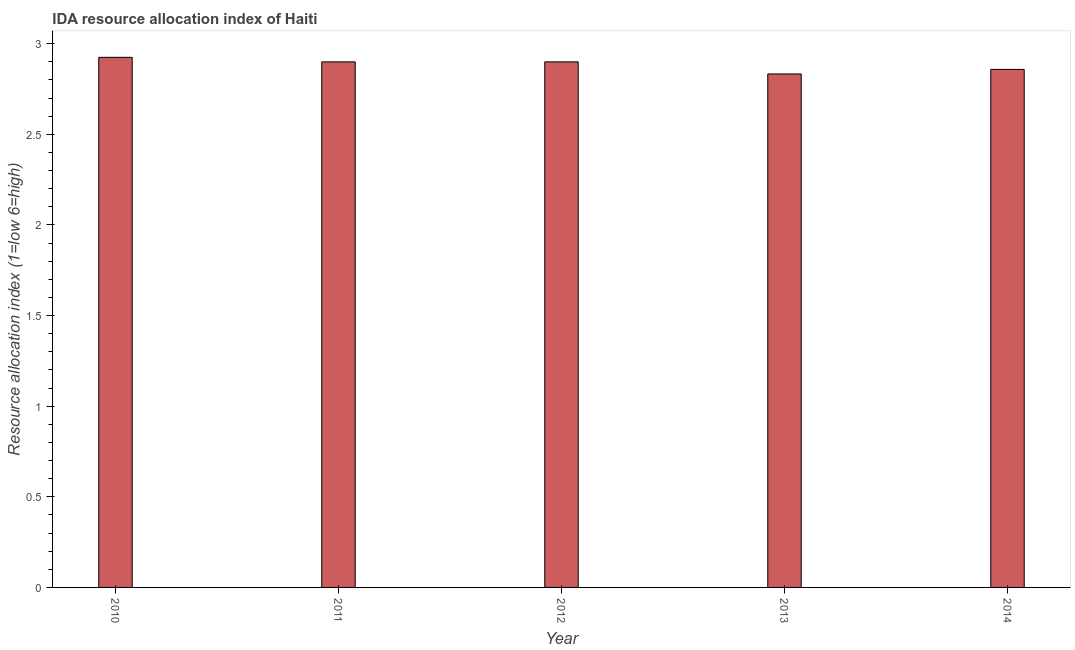
| Year | IDA resource allocation index |
 | --- | --- |
 | 2010 | 2.92 |
 | 2011 | 2.9 |
 | 2012 | 2.9 |
 | 2013 | 2.83 |
 | 2014 | 2.86 |